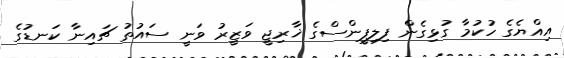
އިއްޔެގެ ހުކުމާ ގުޅިގެން ފިލިޕީންސްގެ ޚާރިޖީ ވަޒީރު ވަނީ ސައުތު ޗައިނާ ކަނޑުގެ